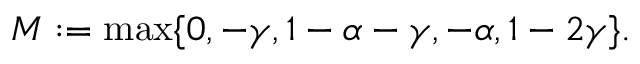
\begin{array} { r } { M : = \operatorname* { m a x } \lbrace 0 , - \gamma , 1 - \alpha - \gamma , - \alpha , 1 - 2 \gamma \rbrace . } \end{array}